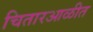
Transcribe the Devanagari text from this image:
चितारआळीत